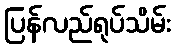
ပြန်လည်ရုပ်သိမ်း